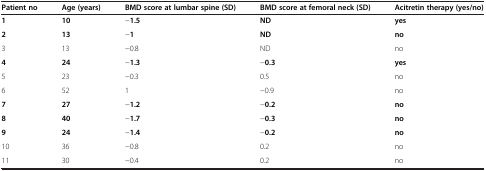
| Patient no | Age(years) | BMD score at lumbar spine(SD) | BMD score at femoral neck(SD) | Acitretin therapy(yes/no) |
 | --- | --- | --- | --- | --- |
 | 1 | 10 | −1.5 | ND | yes |
 | 2 | 13 | −1 | ND | no |
 | 3 | 13 | −0.8 | ND | no |
 | 4 | 24 | −1.3 | −0.3 | yes |
 | 5 | 23 | −0.3 | 0.5 | no |
 | 6 | 52 | 1 | −0.9 | no |
 | 7 | 27 | −1.2 | −0.2 | no |
 | 8 | 40 | −1.7 | −0.3 | no |
 | 9 | 24 | −1.4 | −0.2 | no |
 | 10 | 36 | −0.8 | 0.2 | no |
 | 11 | 30 | −0.4 | 0.2 | no |